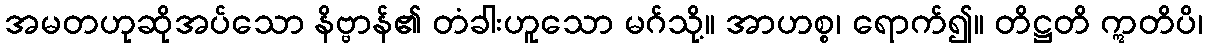
အမတဟုဆိုအပ်သော နိဗ္ဗာန်၏ တံခါးဟူသော မဂ်သို့။ အာဟစ္စ၊ ရောက်၍။ တိဋ္ဌတိ ဣတိပိ၊